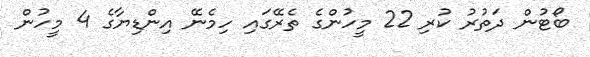
ބޯޓުން ދަތުރު ކުރި 22 މީހުންގެ ތެރޭގައި ހިމެނޭ އިންޑިޔާގެ 4 މީހުން